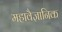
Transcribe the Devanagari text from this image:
महावैज्ञानिक